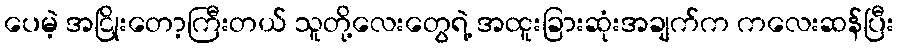
ပေမဲ့ အငြိုးတော့ကြီးတယ် သူတို့လေးတွေရဲ့ အထူးခြားဆုံးအချက်က ကလေးဆန်ပြီး